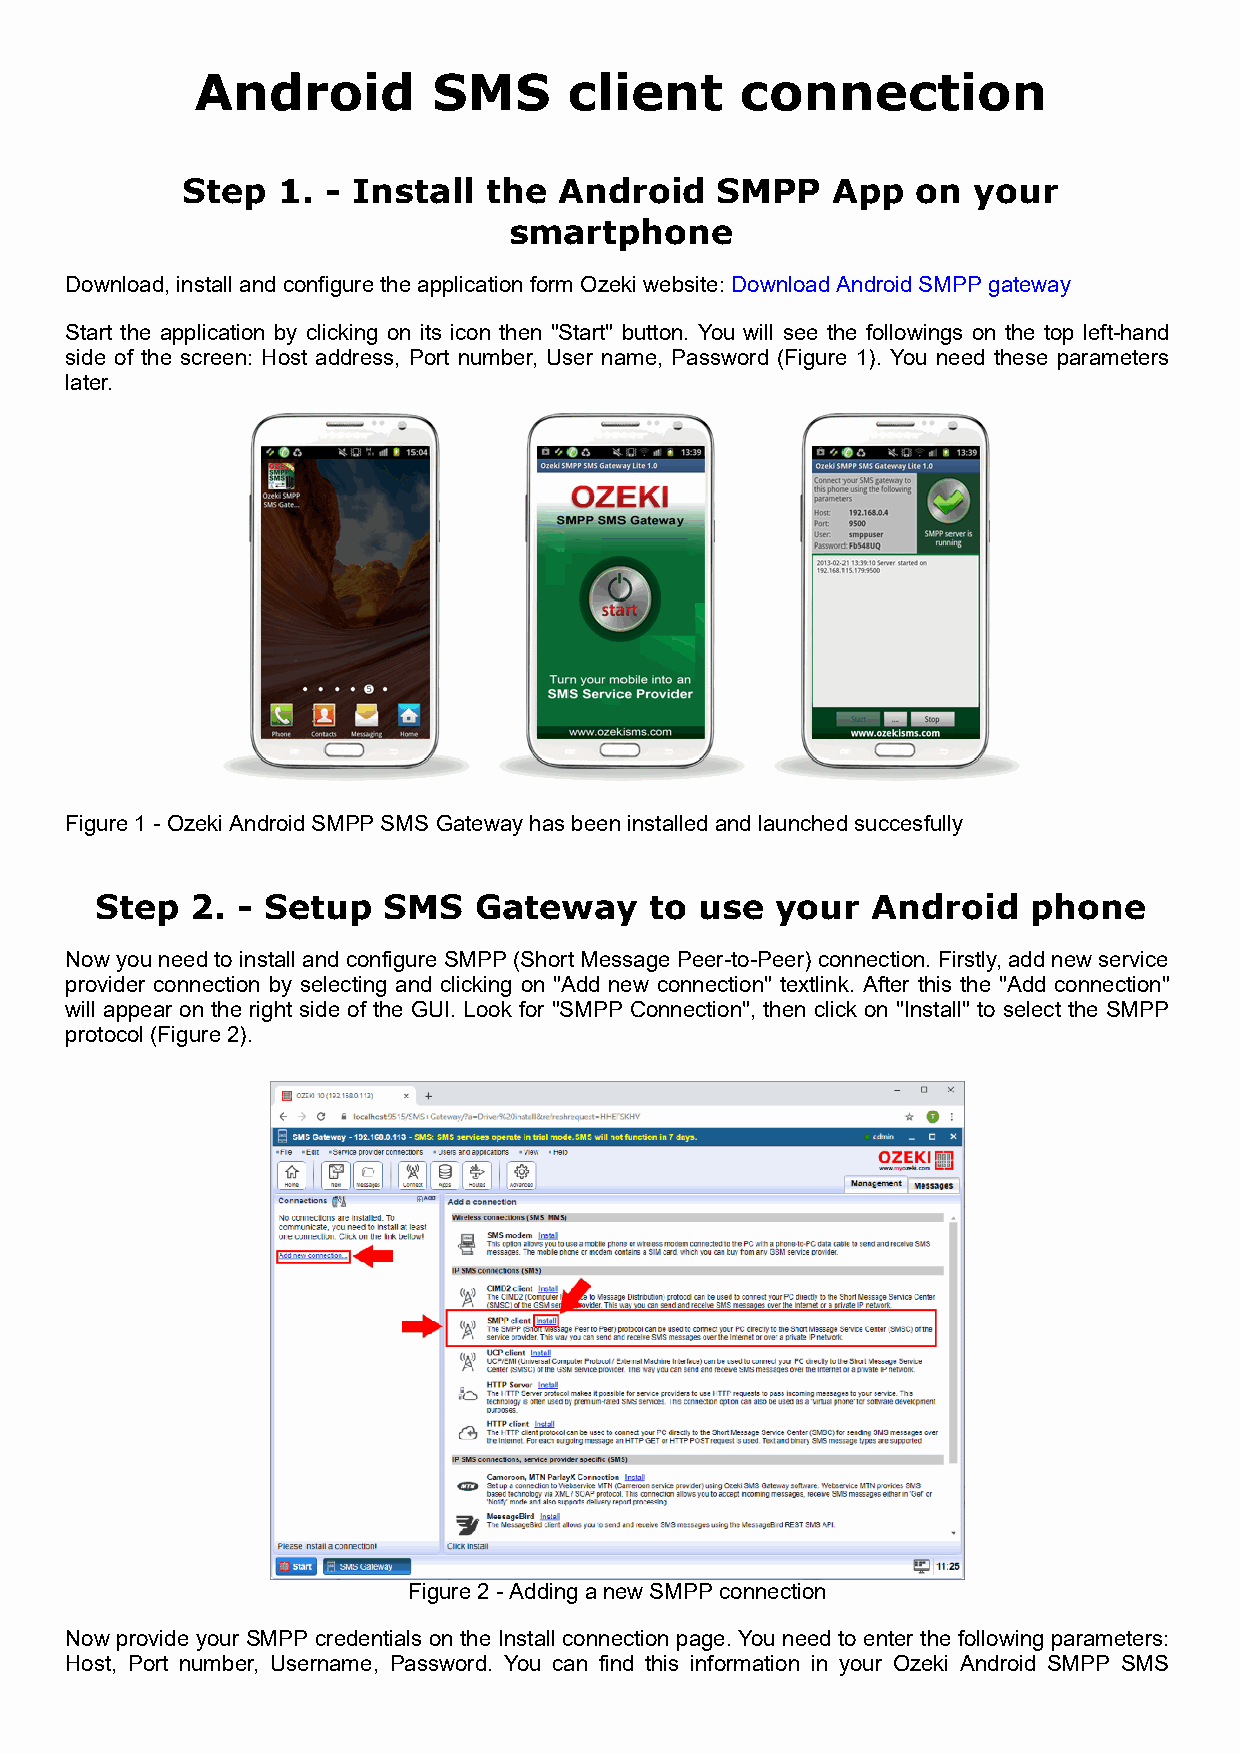
Android         SMS      client     connection
 Step  1.  - Install the  Android   SMPP    App   on  your
 smartphone
 Download, install and configure the application form Ozeki website: Download Android SMPP gateway
 Start the application by clicking on its icon then "Start" button. You will see the followings on the top left-hand
 side of the screen: Host address, Port number, User name, Password (Figure 1). You need these parameters
 later.
 Figure 1 - Ozeki Android SMPP SMS Gateway has been installed and launched succesfully
 Step   2. - Setup  SMS   Gateway     to use  your   Android   phone
 Now you need to install and configure SMPP (Short Message Peer-to-Peer) connection. Firstly, add new service
 provider connection by selecting and clicking on "Add new connection" textlink. After this the "Add connection"
 will appear on the right side of the GUI. Look for "SMPP Connection", then click on "Install" to select the SMPP
 protocol (Figure 2).
 Figure 2 - Adding a new SMPP connection
 Now provide your SMPP credentials on the Install connection page. You need to enter the following parameters:
 Host, Port number, Username, Password. You can find this information in your Ozeki Android SMPP SMS